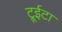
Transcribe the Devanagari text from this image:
ट्रूईटा